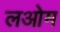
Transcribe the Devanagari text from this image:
लओम